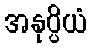
အနုပ္ပိယံ